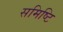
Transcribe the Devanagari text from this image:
समिष्टि